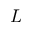
L